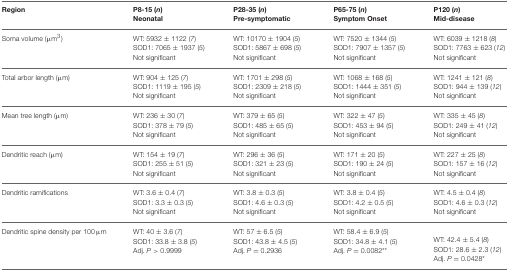
<table><thead><tr><td><b>Region</b></td><td><b>P8-15 (<i>n</i>) Neonatal</b></td><td><b>P28-35 (<i>n</i>) Pre-symptomatic</b></td><td><b>P65-75 (<i>n</i>) Symptom Onset</b></td><td><b>P120 (<i>n</i>) Mid-disease</b></td></tr></thead><tbody><tr><td>Soma volume (μm<sup>3</sup>)</td><td>WT: 5932 ± 1122 (<i>7</i>)SOD1: 7065 ± 1937 (<i>5</i>)Not significant</td><td>WT: 10170 ± 1904 (<i>5</i>)SOD1: 5867 ± 698 (<i>5</i>)Not significant</td><td>WT: 7520 ± 1344 (<i>5</i>)SOD1: 7907 ± 1357 (<i>5</i>)Not significant</td><td>WT: 6039 ± 1218 (<i>8</i>)SOD1: 7763 ± 623 (<i>12</i>)Not significant</td></tr><tr><td>Total arbor length (μm)</td><td>WT: 904 ± 125 (<i>7</i>)SOD1: 1119 ± 195 (<i>5</i>)Not significant</td><td>WT: 1701 ± 298 (<i>5</i>)SOD1: 2309 ± 218 (<i>5</i>)Not significant</td><td>WT: 1068 ± 168 (<i>5</i>)SOD1: 1444 ± 351 (<i>5</i>)Not significant</td><td>WT: 1241 ± 121 (<i>8</i>)SOD1: 944 ± 139 (<i>12</i>)Not significant</td></tr><tr><td>Mean tree length (μm)</td><td>WT: 236 ± 30 (<i>7</i>)SOD1: 378 ± 79 (<i>5</i>)Not significant</td><td>WT: 379 ± 65 (<i>5</i>)SOD1: 485 ± 65 (<i>5</i>)Not significant</td><td>WT: 322 ± 47 (<i>5</i>)SOD1: 453 ± 94 (<i>5</i>)Not significant</td><td>WT: 335 ± 45 (<i>8</i>)SOD1: 249 ± 41 (<i>12</i>)Not significant</td></tr><tr><td>Dendritic reach (μm)</td><td>WT: 154 ± 19 (<i>7</i>)SOD1: 255 ± 51 (<i>5</i>)Not significant</td><td>WT: 296 ± 36 (<i>5</i>)SOD1: 321 ± 23 (<i>5</i>)Not significant</td><td>WT: 171 ± 20 (<i>5</i>)SOD1: 190 ± 24 (<i>5</i>)Not significant</td><td>WT: 227 ± 25 (<i>8</i>)SOD1: 157 ± 16 (<i>12</i>)Not significant</td></tr><tr><td>Dendritic ramifications</td><td>WT: 3.6 ± 0.4 (<i>7</i>)SOD1: 3.3 ± 0.3 (<i>5</i>)Not significant</td><td>WT: 3.8 ± 0.3 (<i>5</i>)SOD1: 4.6 ± 0.3 (<i>5</i>)Not significant</td><td>WT: 3.8 ± 0.4 (<i>5</i>)SOD1: 4.2 ± 0.5 (<i>5</i>)Not significant</td><td>WT: 4.5 ± 0.4 (<i>8</i>)SOD1: 4.6 ± 0.3 (<i>12</i>)Not significant</td></tr><tr><td>Dendritic spine density per 100 μm</td><td>WT: 40 ± 3.6 (<i>7</i>)SOD1: 33.8 ± 3.8 (<i>5</i>)Adj. <i>P</i> &gt; 0.9999</td><td>WT: 57 ± 6.5 (<i>5</i>)SOD1: 43.8 ± 4.5 (<i>5</i>)Adj. <i>P</i> = 0.2936</td><td>WT: 58.4 ± 6.9 (<i>5</i>)SOD1: 34.8 ± 4.1 (<i>5</i>)Adj. <i>P</i> = 0.0082<sup>**</sup></td><td>WT: 42.4 ± 5.4 (<i>8</i>)SOD1: 28.6 ± 2.3 (<i>12</i>)Adj. <i>P</i> = 0.0428<sup>*</sup></td></tr></tbody></table>